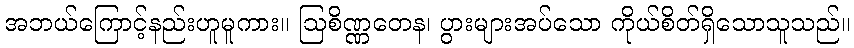
အဘယ်ကြောင့်နည်းဟူမူကား။ ဩစိဏ္ဏတေန၊ ပွားများအပ်သော ကိုယ်စိတ်ရှိသောသူသည်။